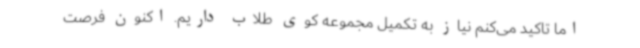
اما تاکید می‌کنم نیاز به تکمیل مجموعه کوی طلاب داریم. اکنون فرصت